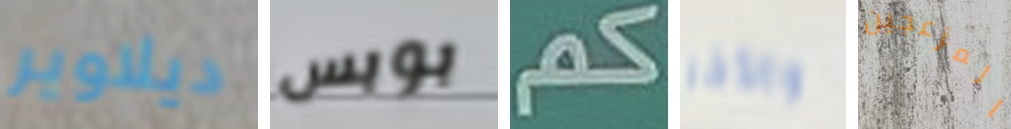
ديلاوير بوبس كم والأخر المزعجين